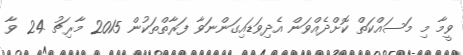
ވީމާ މި މަސައްކަތް ކޮށްދެއްވަން އެދިވަޑައިގަންނަވާ ފަރާތްތަކުން 2015 މާރިޗު 24 ވާ